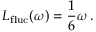
L _ { \mathrm { f l u c } } ( \omega ) = \frac { 1 } { 6 } \omega \, .